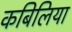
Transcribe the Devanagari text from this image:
कबिलिया